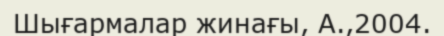
Шығармалар жинағы, А.,2004.